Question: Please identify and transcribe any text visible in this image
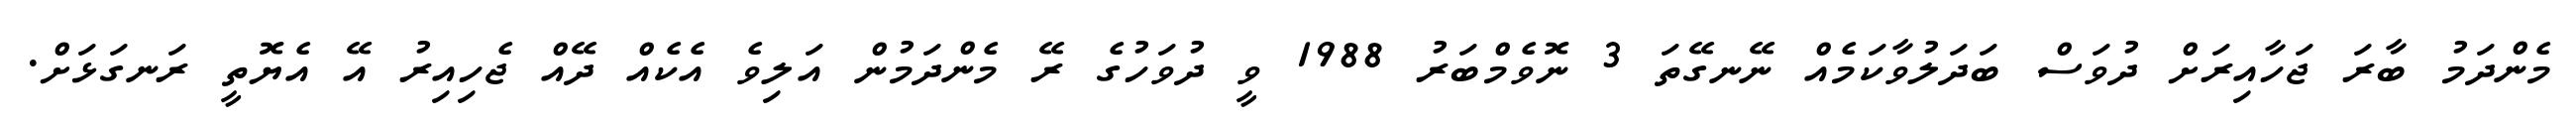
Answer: މެންދަމު ބާރަ ޖަހާއިރަށް ދުވަސް ބަދަލުވާކަމެއް ނޭނގޭތަ 3 ނޮވެމްބަރު 1988 ވީ ދުވަހުގެ ރޭ މެންދަމުން އަލިވެ އެކެއް ދޭއް ޖެހިއިރު އޭ އެޔޮތީ ރަނގަޅަށް.